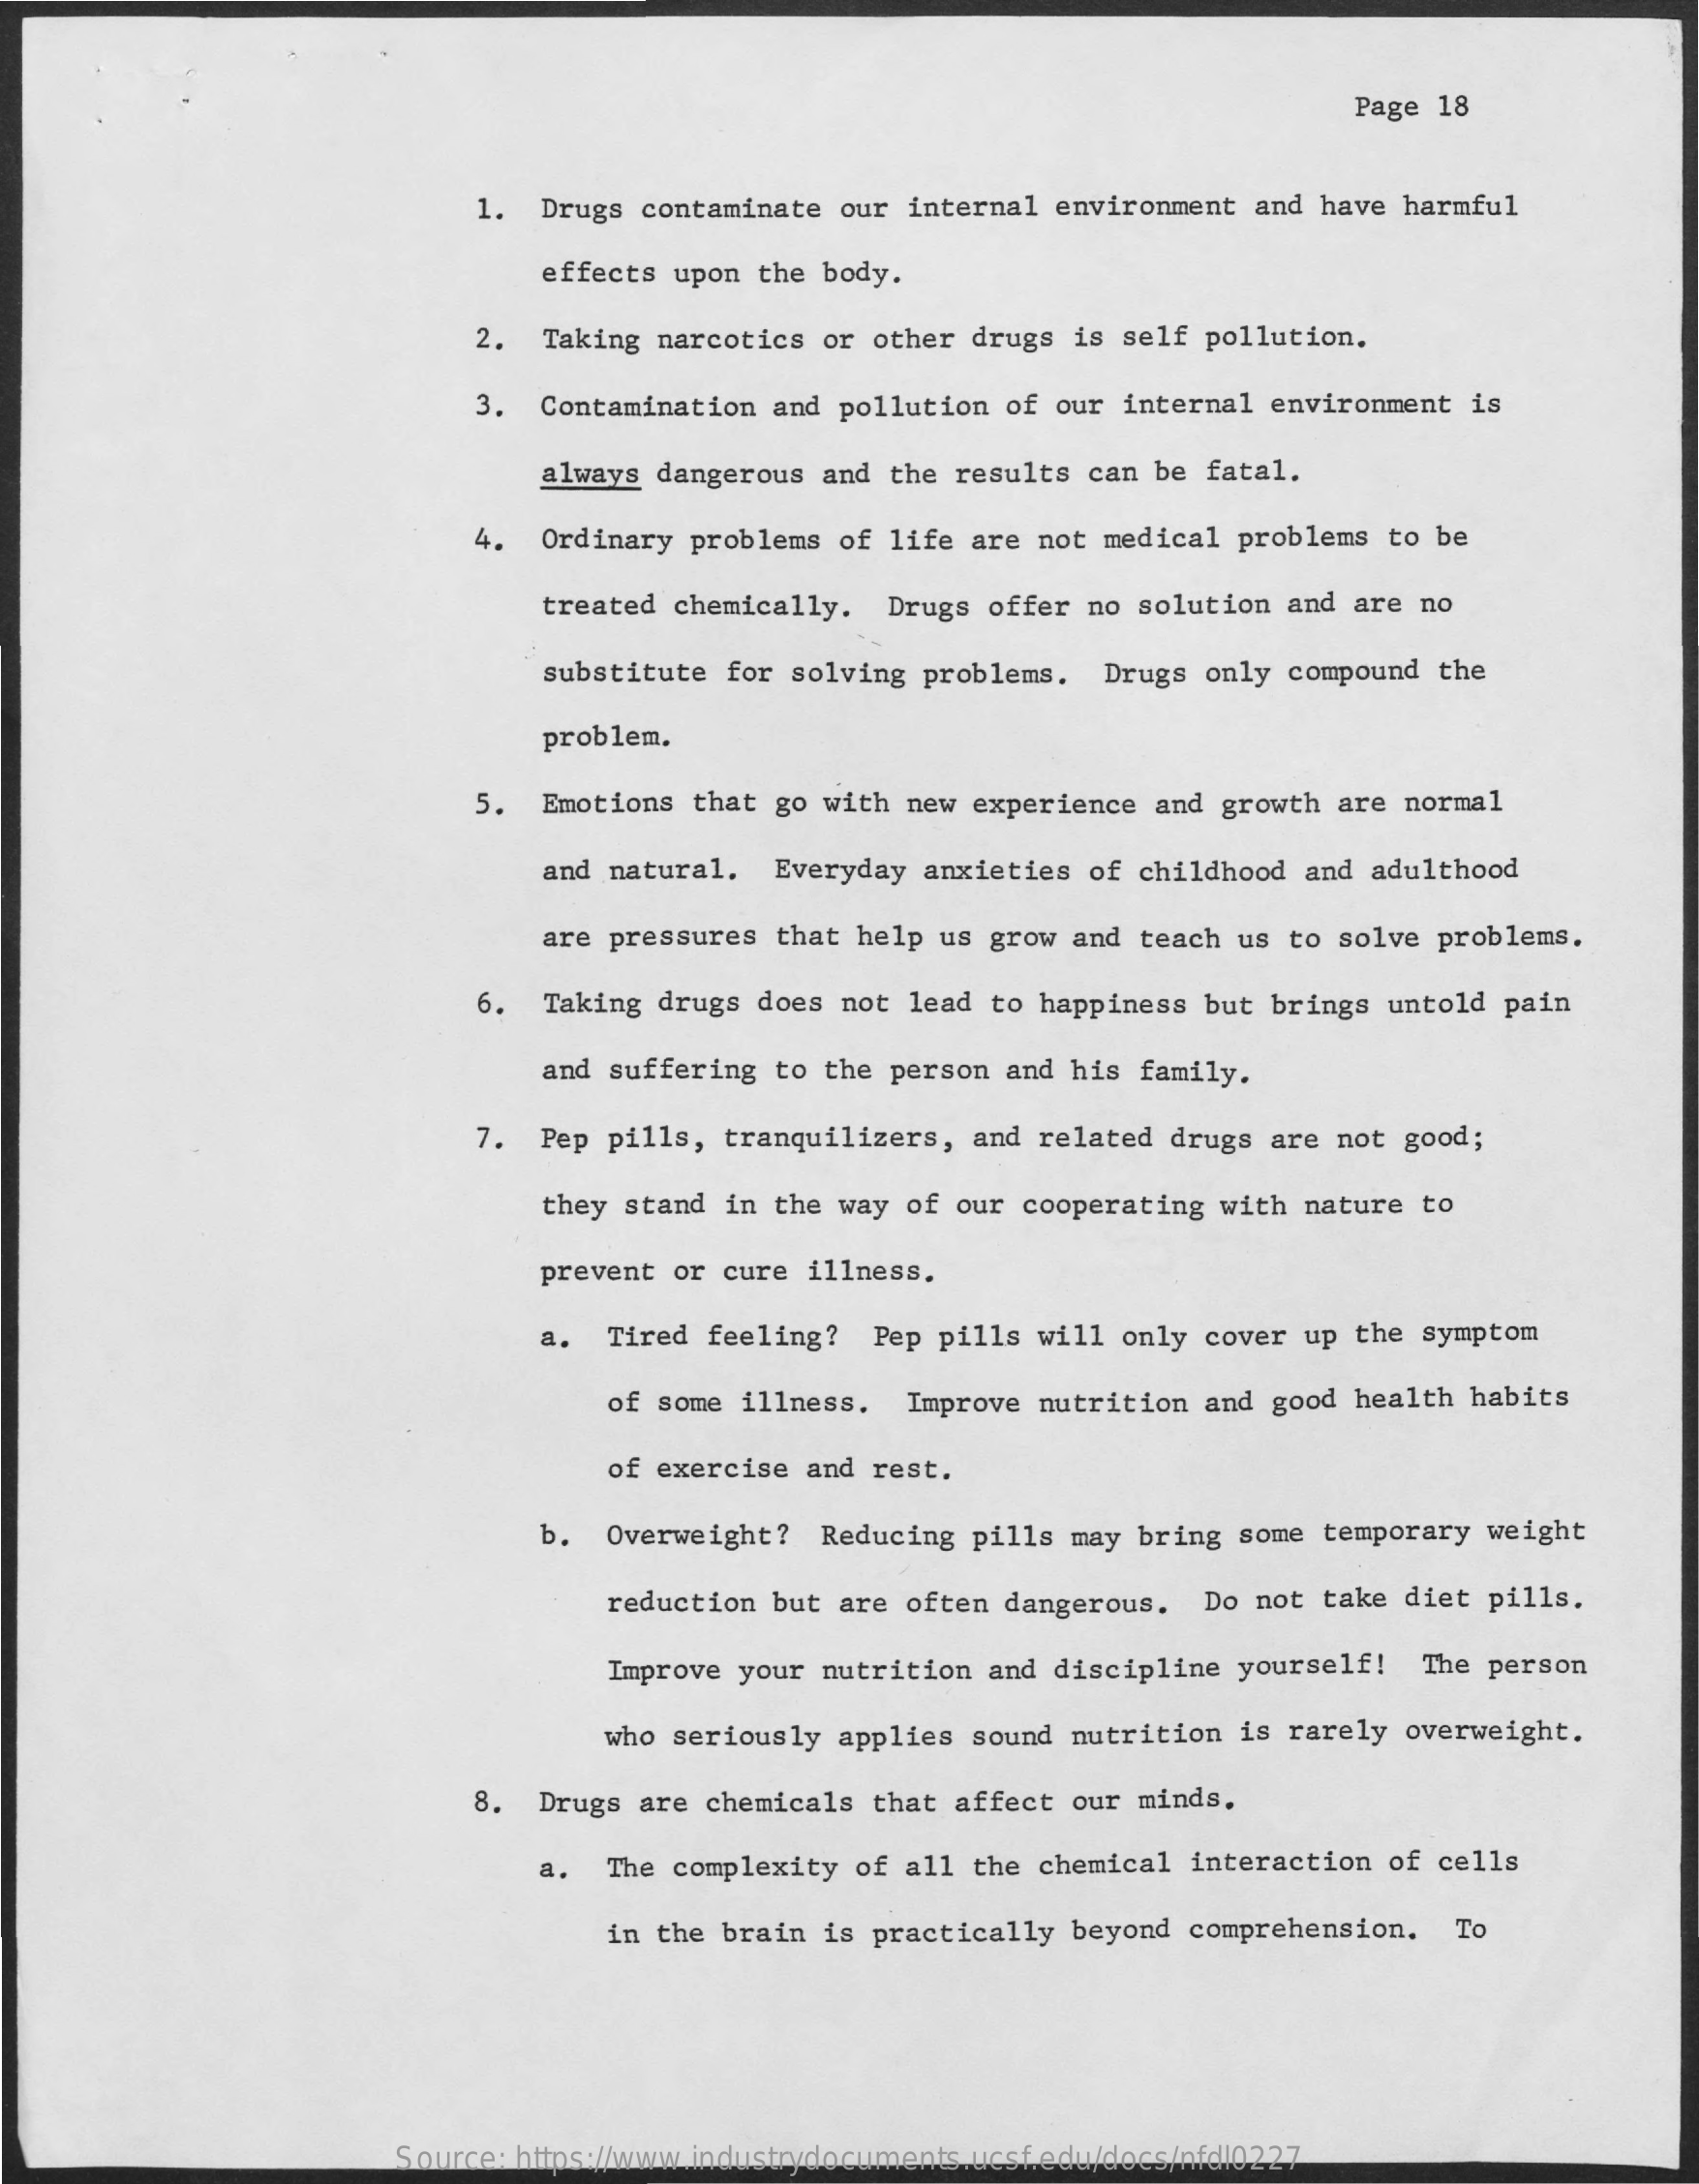
Page 18
     1.  Drugs  contaminate  our internal  environment  and have harmful
     effects upon the body.
     2.   Taking narcotics  or other drugs  is self  pollution.
     3.  Contamination  and  pollution of  our internal  environment  is
     always dangerous  and the results  can be  fatal.
     4.  Ordinary  problems  of life are  not medical  problems to  be
     treated chemically.   Drugs offer  no solution  and are  no
     substitute for  solving problems.   Drugs only  compound  the
     problem.
     5.  Emotions  that go  with new experience  and  growth are  normal
     and natural.  Everyday  anxieties  of childhood  and adulthood
     are pressures  that help us grow  and teach  us to solve  problems.
     6.   Taking drugs does  not lead  to happiness but  brings untold  pain
     and suffering to  the person and  his family.
     7.  Pep  pills, tranquilizers,  and  related drugs  are not  good;
     they stand in the  way of our  cooperating with  nature  to
     prevent or cure  illness.
     a.  Tired feeling?   Pep pills  will only  cover up the  symptom
     of some illness.   Improve  nutrition  and good health  habits
     of exercise  and rest.
     b.  Overweight?   Reducing  pills  may bring  some temporary  weight
     reduction but  are often dangerous.   Do  not take diet  pills.
     Improve your  nutrition and  discipline  yourself!   The person
     who seriously  applies sound  nutrition  is rarely  overweight.
     8.  Drugs  are chemicals  that affect  our minds.
     a.  The complexity  of all the  chemical  interaction  of cells
     in the brain  is practically  beyond comprehension.    To
     Source: https://www.industrydocuments.ucsf.edu/docs/nfdl0227